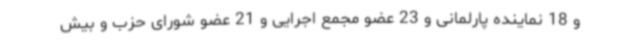
و 18 نماینده پارلمانی و 23 عضو مجمع اجرایی و 21 عضو شورای حزب و بیش